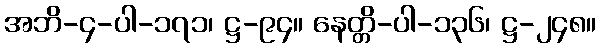
အဘိ-၄-ပါ-၁၇၁၊ ဋ္ဌ-၉၄။ နေတ္တိ-ပါ-၁၃၆၊ ဋ္ဌ-၂၄၈။